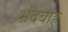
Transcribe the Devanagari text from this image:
भ्रदबाहु